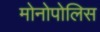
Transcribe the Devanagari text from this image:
मोनोपोलिस